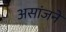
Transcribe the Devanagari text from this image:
असांजने